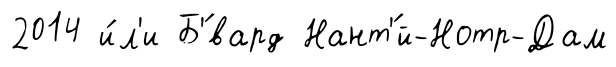
2014 и́л'и Б'́вард Нант'́й-Нотр-Дам